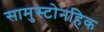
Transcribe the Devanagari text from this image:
सामुस्टोनहिक